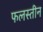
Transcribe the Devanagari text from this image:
फलस्तीन